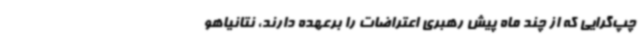
چپ‌گرایی که از چند ماه پیش رهبری اعتراضات را برعهده دارند، نتانیاهو